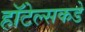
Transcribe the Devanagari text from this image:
हॉटेल्सकडे